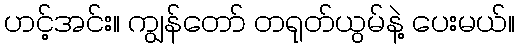
ဟင့်အင်း။ ကျွန်တော် တရုတ်ယွမ်နဲ့ ပေးမယ်။